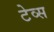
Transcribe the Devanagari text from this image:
टेव्स